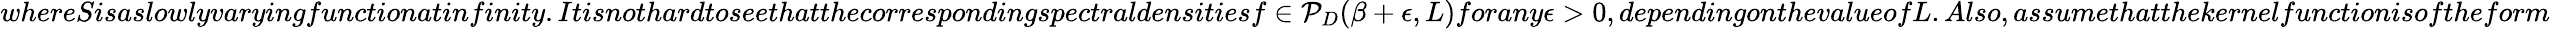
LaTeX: whereSisaslowlyvaryingfunctionatinfinity.Itisnothardtoseethatthecorrespondingspectraldensitiesf\in{\cal P}_{D}(\beta+\epsilon,L)forany\epsilon>0,dependingonthevalueofL.Also,assumethatthekernelfunctionisoftheform